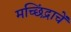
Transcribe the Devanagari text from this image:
मच्छिंद्राचें